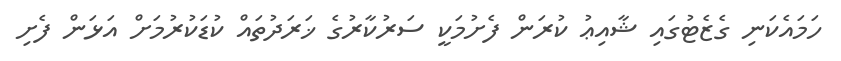
ހަމައެކަނި ގެޒެޓުގައި ޝާއިޢު ކުރަން ފެށުމަކީ ސަރުކާރުގެ ޚަރަދުތައް ކުޑަކުރުމަށް އަޅަން ފެށި